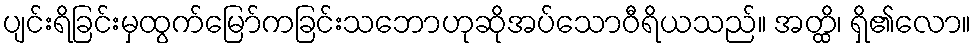
ပျင်းရိခြင်းမှထွက်မြော်ကခြင်းသဘောဟုဆိုအပ်သောဝီရိယသည်။ အတ္ထိ၊ ရှိ၏လော။